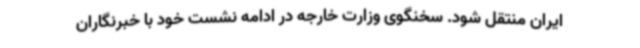
ایران منتقل شود. سخنگوی وزارت خارجه در ادامه نشست خود با خبرنگاران